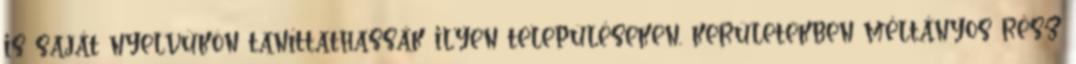
is saját nyelvükön taníttathassák ilyen településeken, kerületekben méltányos rész